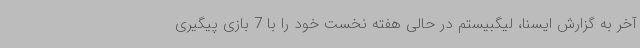
آخر به گزارش ایسنا، لیگبیستم در حالی هفته نخست خود را با 7 بازی پیگیری